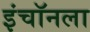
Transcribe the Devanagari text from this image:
इंचॉनला